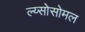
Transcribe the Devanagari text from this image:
ल्य्सोसोमल